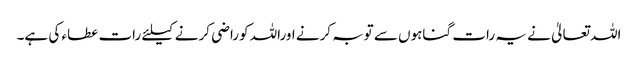
اللہ تعالیٰ نے یہ رات گناہوں سے توبہ کرنے اوراللہ کوراضی کرنے کیلئے رات عطاء کی ہے۔